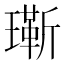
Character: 𬎔